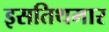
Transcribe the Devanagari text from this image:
इसतिथमार